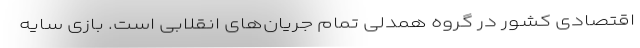
اقتصادی کشور در گروه همدلی تمام جریان‌های انقلابی است. بازی سایه